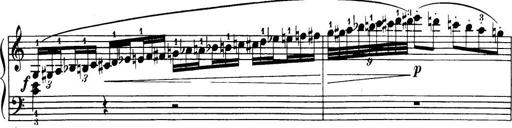
Title: 32 Sonatinas and Rondos for the Piano
Composer: Richard Kleinmichel